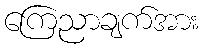
ကြေညာချက်အား